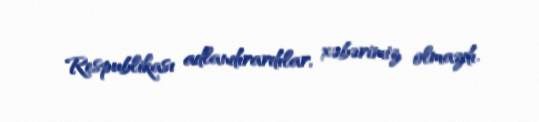
Respublikası adlandırardılar, xəbərimiz olmazdı.